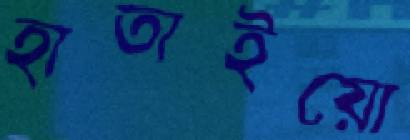
হাতাইয়ো